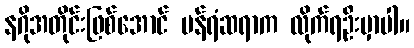
နဂိုအတိုင်းဖြစ်အောင် ပန်ရံဆရာက လိုက်ရဦးမှာပါ။